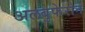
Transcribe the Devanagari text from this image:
अलबुफेरोन